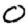
Digit: 0